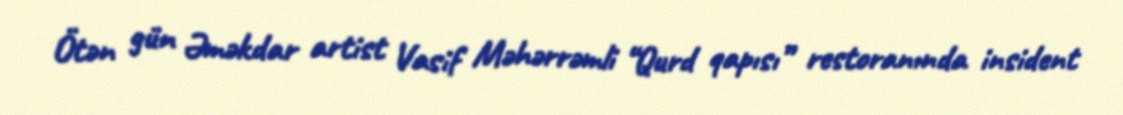
Ötən gün Əməkdar artist Vasif Məhərrəmli “Qurd qapısı” restoranında insident